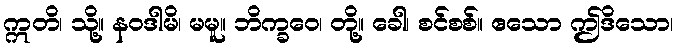
ဣတိ၊ သို့။ နဝဒါမိ၊ မမူ။ ဘိက္ခဝေ၊ တို့။ ခေါ၊ စင်စစ်။ ဧသော ဤဒိသော၊